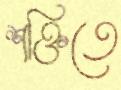
শক্তিতে